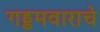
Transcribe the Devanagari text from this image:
गड्डमवाराचे